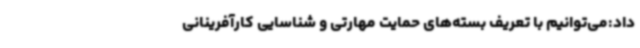
داد:می‌توانیم با تعریف بسته‌های حمایت مهارتی و شناسایی کارآفرینانی